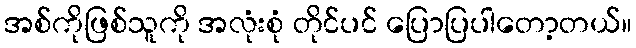
အစ်ကိုဖြစ်သူကို အလုံးစုံ တိုင်ပင် ပြောပြပါတော့တယ်။